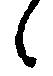
候